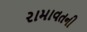
રામાવતની